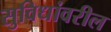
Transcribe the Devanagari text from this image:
सुविधांवरील